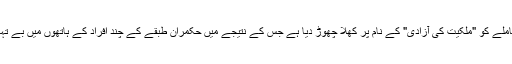
جمہوریت نے اس تمام معاملے کو "ملکیت کی آزادی" کے نام پر کھلا چھوڑ دیا ہے جس کے نتیجے میں حکمران طبقے کے چند افراد کے ہاتھوں میں بے تہاشہ دولت جمع ہو گئی ہے۔